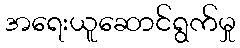
အရေးယူဆောင်ရွက်မှု